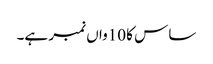
ساس کا 10واں نمبر ہے۔